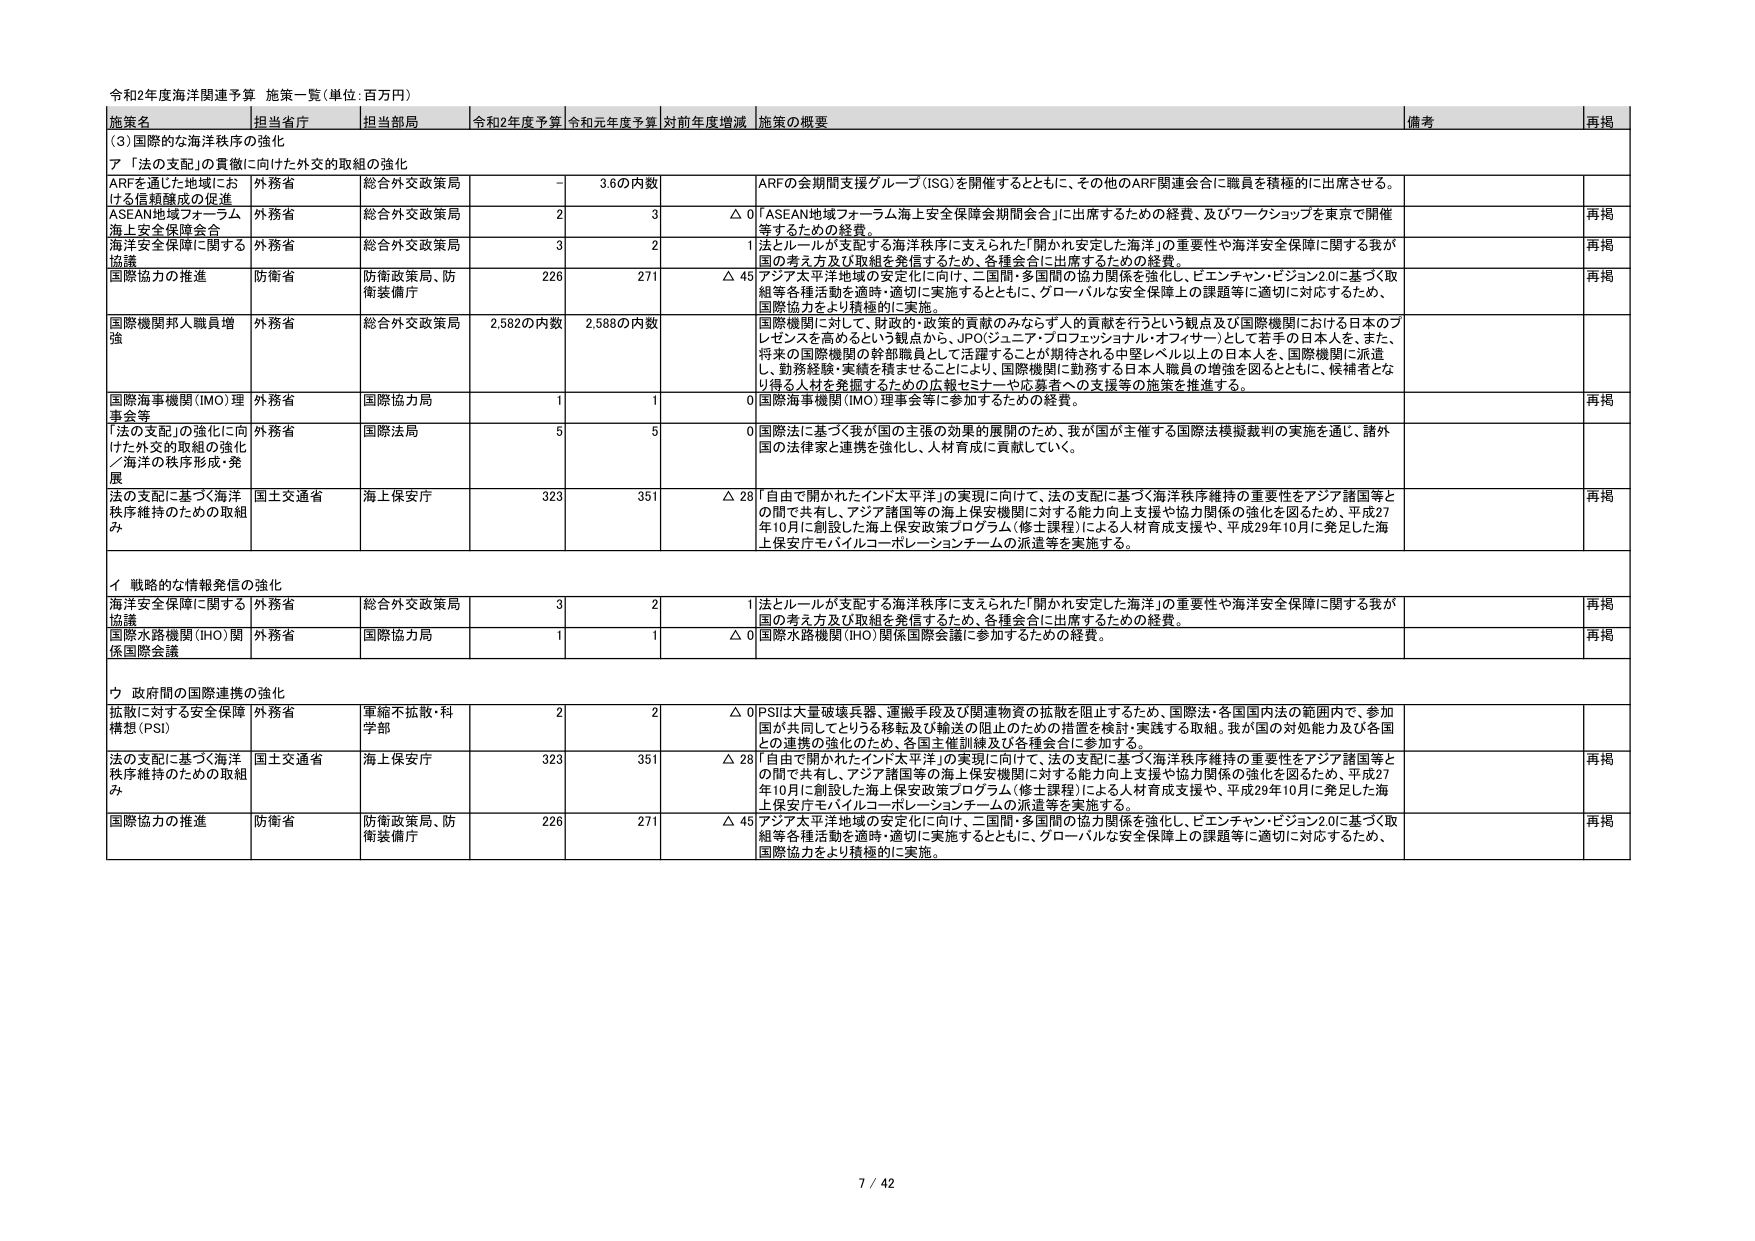
令和2年度海洋関連予算 施策一覧（単位：百万円）

施策名 | 担当省庁 | 担当部局 | 令和2年度予算 | 令和元年度予算 | 対前年度増減 | 施策の概要 | 備考 | 再掲
--- | --- | --- | --- | --- | --- | --- | --- | ---
（3）国際的な海洋秩序の強化 | | | | | | | |
ア 「法の支配」の貫徹に向けた外交的取組の強化 | | | | | | | |
ARFを通じた地域における信頼醸成の促進 | 外務省 | 総合外交政策局 | - | 3.6の内数 | | ARFの会期間支援グループ（ISG）を開催するとともに、その他のARF関連会合に職員を積極的に出席させる。 | |
ASEAN地域フォーラム海上安全保障会合 | 外務省 | 総合外交政策局 | 2 | 3 | △ 0 | 「ASEAN地域フォーラム海上安全保障会期間会合」に出席するための経費、及びワークショップを東京で開催等するための経費。 | | 再掲
海洋安全保障に関する協議 | 外務省 | 総合外交政策局 | 3 | 2 | 1 | 法とルールが支配する海洋秩序に支えられた「開かれ安定した海洋」の重要性や海洋安全保障に関する我が国の考え方及び取組を発信するため、各種会合に出席するための経費。 | | 再掲
国際協力の推進 | 防衛省 | 防衛政策局、防衛装備庁 | 226 | 271 | △ 45 | アジア太平洋地域の安定化に向け、二国間・多国間の協力関係を強化し、ピエンチャン・ビジョン2.0に基づく取組等各種活動を適時・適切に実施するとともに、グローバルな安全保障上の課題等に適切に対応するため、国際協力をより積極的に実施。 | | 再掲
国際機関邦人職員増強 | 外務省 | 総合外交政策局 | 2,582の内数 | 2,588の内数 | | 国際機関に対して、財政的・政策的貢献のみならず人的貢献を行うという観点及び国際機関における日本のプレゼンスを高めるという観点から、JPO（ジュニア・プロフェッショナル・オフィサー）として若手の日本人を、また、将来の国際機関の幹部職員として活躍することが期待される中堅レベル以上の日本人を、国際機関に派遣し、勤務経験・実績を積ませることにより、国際機関に勤務する日本人職員の増強を図るとともに、候補者となり得る人材を発掘するための広報セミナーや応募者への支援等の施策を推進する。 | |
国際海事機関（IMO）理事会等 | 外務省 | 国際協力局 | 1 | 1 | 0 | 国際海事機関（IMO）理事会等に参加するための経費。 | | 再掲
「法の支配」の強化に向けた外交的取組の強化／海洋の秩序形成・発展 | 外務省 | 国際法局 | 5 | 5 | 0 | 国際法に基づく我が国の主張の効果的展開のため、我が国が主催する国際法模擬裁判の実施を通じ、諸外国の法律家と連携を強化し、人材育成に貢献していく。 | |
法の支配に基づく海洋秩序維持のための取組み | 国土交通省 | 海上保安庁 | 323 | 351 | △ 28 | 「自由で開かれたインド太平洋」の実現に向けて、法の支配に基づく海洋秩序維持の重要性をアジア諸国等との間で共有し、アジア諸国等の海上保安機関に対する能力向上支援や協力関係の強化を図るため、平成27年10月に創設した海上保安政策プログラム（修士課程）による人材育成支援や、平成29年10月に発足した海上保安庁モバイルコーポレーションチームの派遣等を実施する。 | | 再掲
イ 戦略的な情報発信の強化 | | | | | | | |
海洋安全保障に関する協議 | 外務省 | 総合外交政策局 | 3 | 2 | 1 | 法とルールが支配する海洋秩序に支えられた「開かれ安定した海洋」の重要性や海洋安全保障に関する我が国の考え方及び取組を発信するため、各種会合に出席するための経費。 | | 再掲
国際水路機関（IHO）関係国際会議 | 外務省 | 国際協力局 | 1 | 1 | △ 0 | 国際水路機関（IHO）関係国際会議に参加するための経費。 | | 再掲
ウ 政府間の国際連携の強化 | | | | | | | |
拡散に対する安全保障構想（PSI） | 外務省 | 軍縮不拡散・科学部 | 2 | 2 | △ 0 | PSIは大量破壊兵器、運搬手段及び関連物資の拡散を阻止するため、国際法・各国国内法の範囲内で、参加国が共同してとりうる移送及び輸送の阻止のための措置を検討・実践する取組。我が国の対処能力及び各国との連携の強化のため、各国主催訓練及び各種会合に参加する。 | |
法の支配に基づく海洋秩序維持のための取組み | 国土交通省 | 海上保安庁 | 323 | 351 | △ 28 | 「自由で開かれたインド太平洋」の実現に向けて、法の支配に基づく海洋秩序維持の重要性をアジア諸国等との間で共有し、アジア諸国等の海上保安機関に対する能力向上支援や協力関係の強化を図るため、平成27年10月に創設した海上保安政策プログラム（修士課程）による人材育成支援や、平成29年10月に発足した海上保安庁モバイルコーポレーションチームの派遣等を実施する。 | | 再掲
国際協力の推進 | 防衛省 | 防衛政策局、防衛装備庁 | 226 | 271 | △ 45 | アジア太平洋地域の安定化に向け、二国間・多国間の協力関係を強化し、ピエンチャン・ビジョン2.0に基づく取組等各種活動を適時・適切に実施するとともに、グローバルな安全保障上の課題等に適切に対応するため、国際協力をより積極的に実施。 | | 再掲

7 / 42